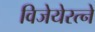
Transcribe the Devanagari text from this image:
विजेयेरत्ने